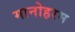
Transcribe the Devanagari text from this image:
मानोहरम